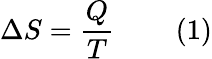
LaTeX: \Delta S={\frac{Q}{T}}\, \, \, \, \, \, \, \, \, \, \, \, \, (1)